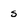
Character: s